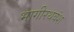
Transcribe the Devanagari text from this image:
भागीरथवंश